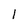
Character: 1